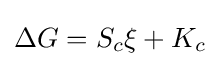
\Delta G=S_{c}\xi +K_{c}